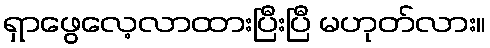
ရှာဖွေလေ့လာထားပြီးပြီ မဟုတ်လား။